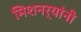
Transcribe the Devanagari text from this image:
मिशनर्‍यांनी